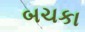
બચકા